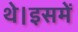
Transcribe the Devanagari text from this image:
थे।इसमें